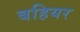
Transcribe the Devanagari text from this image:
बहियर